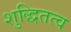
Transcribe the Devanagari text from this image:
शुद्धितत्व